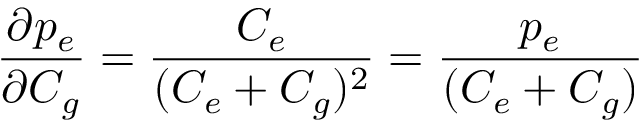
\frac { \partial p _ { e } } { \partial C _ { g } } = \frac { C _ { e } } { ( C _ { e } + C _ { g } ) ^ { 2 } } = \frac { p _ { e } } { ( C _ { e } + C _ { g } ) }